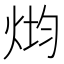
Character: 𰞢